Indian journal of veterinary science and animal husbandry - Volumes 24-25, 1954-1955
Year: 1954
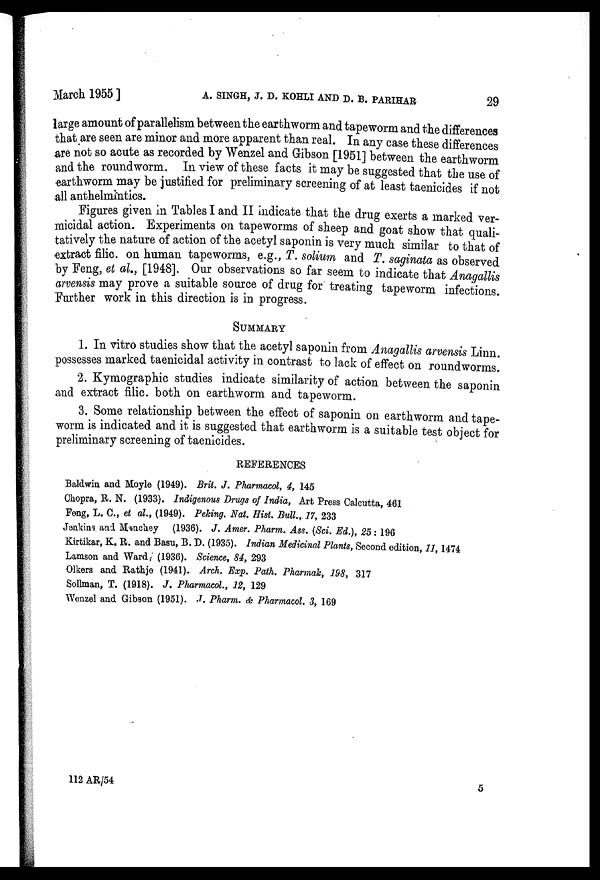
March 1955] A. SINGH, J. D. KOHLI AND D. B. PARIHAR 29
large amount of parallelism between the earthworm and tapeworm and the differences
that are seen are minor and more apparent than real. In any case these differences
are not so acute as recorded by Wenzel and Gibson [1951] between the earthworm
and the roundworm. In view of these facts it may be suggested that the use of
earthworm may be justified for preliminary screening of at least taenicides if not
all anthelmintics.
Figures given in Tables I and II indicate that the drug exerts a marked ver-
micidal action. Experiments on tapeworms of sheep and goat show that quali-
tatively the nature of action of the acetyl saponin is very much similar to that of
extract filic. on human tapeworms, e.g., T. solium and T. saginata as observed
by Feng, et al., [1948]. Our observations so far seem to indicate that Anagallis
arvensis may prove a suitable source of drug for treating tapeworm infections.
Further work in this direction is in progress.
SUMMARY
1. In vitro studies show that the acetyl saponin from Anagallis arvensis Linn
possesses marked taenicidal activity in contrast to lack of effect on roundworms.
2. Kymographic studies indicate similarity of action between the saponin
and extract filic. both on earthworm and tapeworm.
3. Some relationship between the effect of saponin on earthworm and tape-
worm is indicated and it is suggested that earthworm is a suitable test object for
preliminary screening of taenicides.
REFERENCES
Baldwin and Moyle (1949). Brit. J. Pharmacol, 4, 145
Chopra, R. N. (1933). Indigenous Drugs of India, Art Press Calcutta, 461
Feng, L. C., et al., (1949). Peking. Nat. Hist. Bull., 17, 233
Jenkins and Manchey (1936). J. Amer. Pharm. Ass. (Sci. Ed.), 25 : 196
Kirtikar, K. R. and Basu, B. D. (1935). Indian Medicinal Plants, Second edition, 11, 1474
Lamson and Ward (1936). Science, 84, 293
Olkers and Rathje (1941). Arch. Exp. Path. Pharmak, 198, 317
Sollman, T. (1918). J. Pharmacol., 12, 129
Wenzel and Gibson (1951). J. Pharm. & Pharmacol. 3, 169
112 AR/54 5